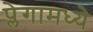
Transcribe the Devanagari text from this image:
प्लेगामध्ये